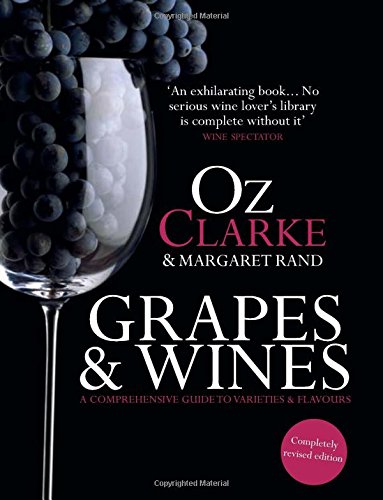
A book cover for Oz Clarke: Grapes & Wines: A Comprehensive Guide to Varieties and Flavours; Oz Clarke; Reference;